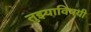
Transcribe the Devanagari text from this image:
तुझ्याविषयी